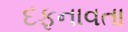
દફનાવતા